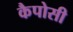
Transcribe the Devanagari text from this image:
कैपोसी